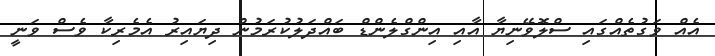
އެއް ވަގުތެއްގައި ސްލޮވޭނިޔާ އާއި އިންގްލެންޑް ބައްދަލުކުރަމުން ދިޔައިރު އެމެރިކާ ވެސް ވަނީ